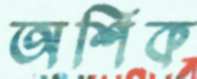
অশিক